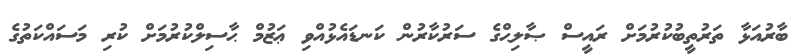
ބާރުއަޅާ ތަރުތީބުކުރުމަށް ރައީސް ޞާލިޙްގެ ސަރުކާރުން ކަނޑައެޅުއްވި ޢަޒުމް ޙާސިލްކުރުމަށް ކުރި މަސައްކަތުގެ